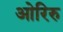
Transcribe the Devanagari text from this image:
ओरिरु